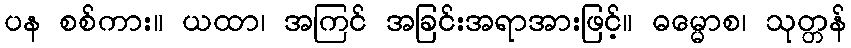
ပန စစ်ကား။ ယထာ၊ အကြင် အခြင်းအရာအားဖြင့်။ ဓမ္မောစ၊ သုတ္တန်